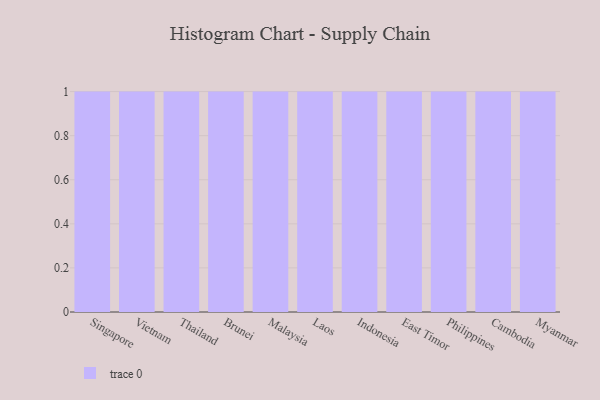
{"axis": {"x": "Country", "y": "Net Income (USD K)"}, "legend": [""], "data": [{"x": "Singapore", "y": 68, "type": ""}, {"x": "Vietnam", "y": 33, "type": ""}, {"x": "Thailand", "y": 61, "type": ""}, {"x": "Brunei", "y": 22, "type": ""}, {"x": "Malaysia", "y": 39, "type": ""}, {"x": "Laos", "y": 16, "type": ""}, {"x": "Indonesia", "y": 59, "type": ""}, {"x": "East Timor", "y": 53, "type": ""}, {"x": "Philippines", "y": 80, "type": ""}, {"x": "Cambodia", "y": 51, "type": ""}, {"x": "Myanmar", "y": 23, "type": ""}]}